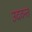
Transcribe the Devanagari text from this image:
उदवन्त